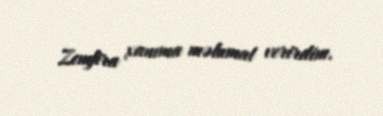
Zemfira xanıma məlumat verirdim.